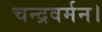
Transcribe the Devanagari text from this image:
चन्द्रवर्मन।